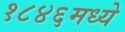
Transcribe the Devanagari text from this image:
१८४६मध्ये